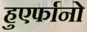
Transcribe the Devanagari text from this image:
हुएर्फानो